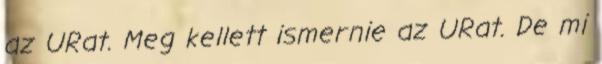
az URat. Meg kellett ismernie az URat. De mi